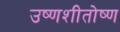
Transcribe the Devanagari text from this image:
उष्णशीतोष्ण